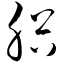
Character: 胩